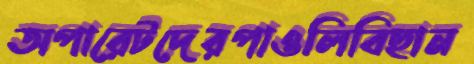
অপারেটদেরপাওলিবিছান